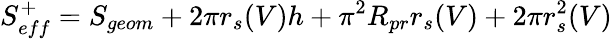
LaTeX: S_{eff}^{+}=S_{geom}+2\pi r_{s}(V)h+\pi^{2}R_{pr}r_{s}(V)+2\pi r_{s}^{2}(V)